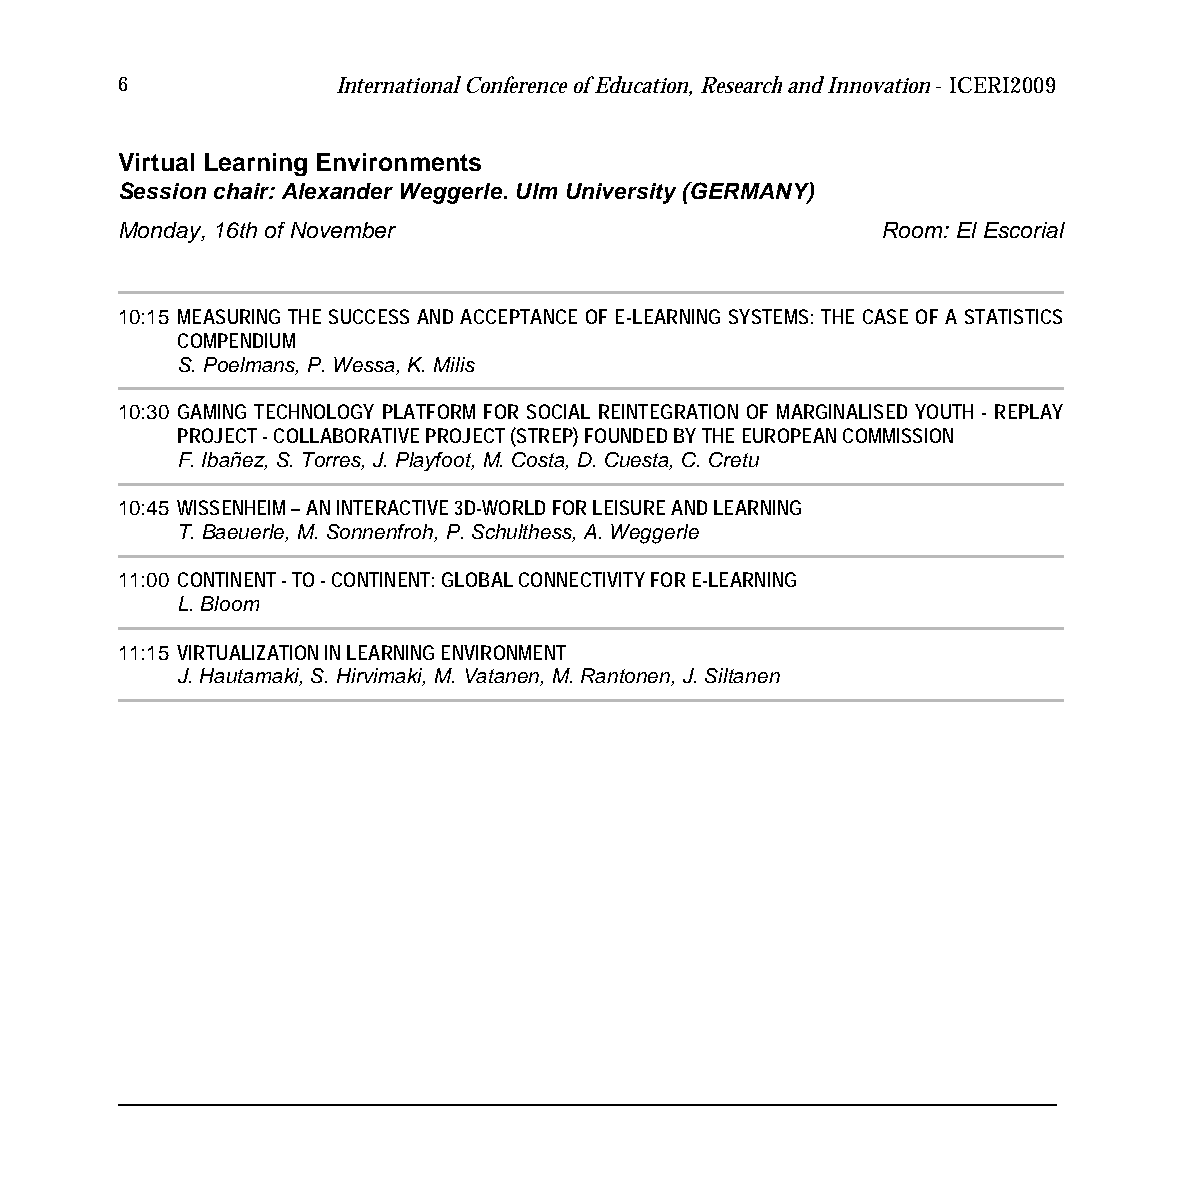
6             International Conference of Education, Research and Innovation - ICERI2009
 Virtual Learning Environments
 Session chair: Alexander Weggerle. Ulm University (GERMANY)
 Monday, 16th of November                          Room: El Escorial
 10:15 MEASURING THE SUCCESS AND ACCEPTANCE OF E-LEARNING SYSTEMS: THE CASE OF A STATISTICS
 COMPENDIUM
 S. Poelmans, P. Wessa, K. Milis
 10:30 GAMING TECHNOLOGY PLATFORM FOR SOCIAL REINTEGRATION OF MARGINALISED YOUTH - REPLAY
 PROJECT - COLLABORATIVE PROJECT (STREP) FOUNDED BY THE EUROPEAN COMMISSION
 F. Ibañez, S. Torres, J. Playfoot, M. Costa, D. Cuesta, C. Cretu
 10:45 WISSENHEIM – AN INTERACTIVE 3D-WORLD FOR LEISURE AND LEARNING
 T. Baeuerle, M. Sonnenfroh, P. Schulthess, A. Weggerle
 11:00 CONTINENT - TO - CONTINENT: GLOBAL CONNECTIVITY FOR E-LEARNING
 L. Bloom
 11:15 VIRTUALIZATION IN LEARNING ENVIRONMENT
 J. Hautamaki, S. Hirvimaki, M. Vatanen, M. Rantonen, J. Siltanen